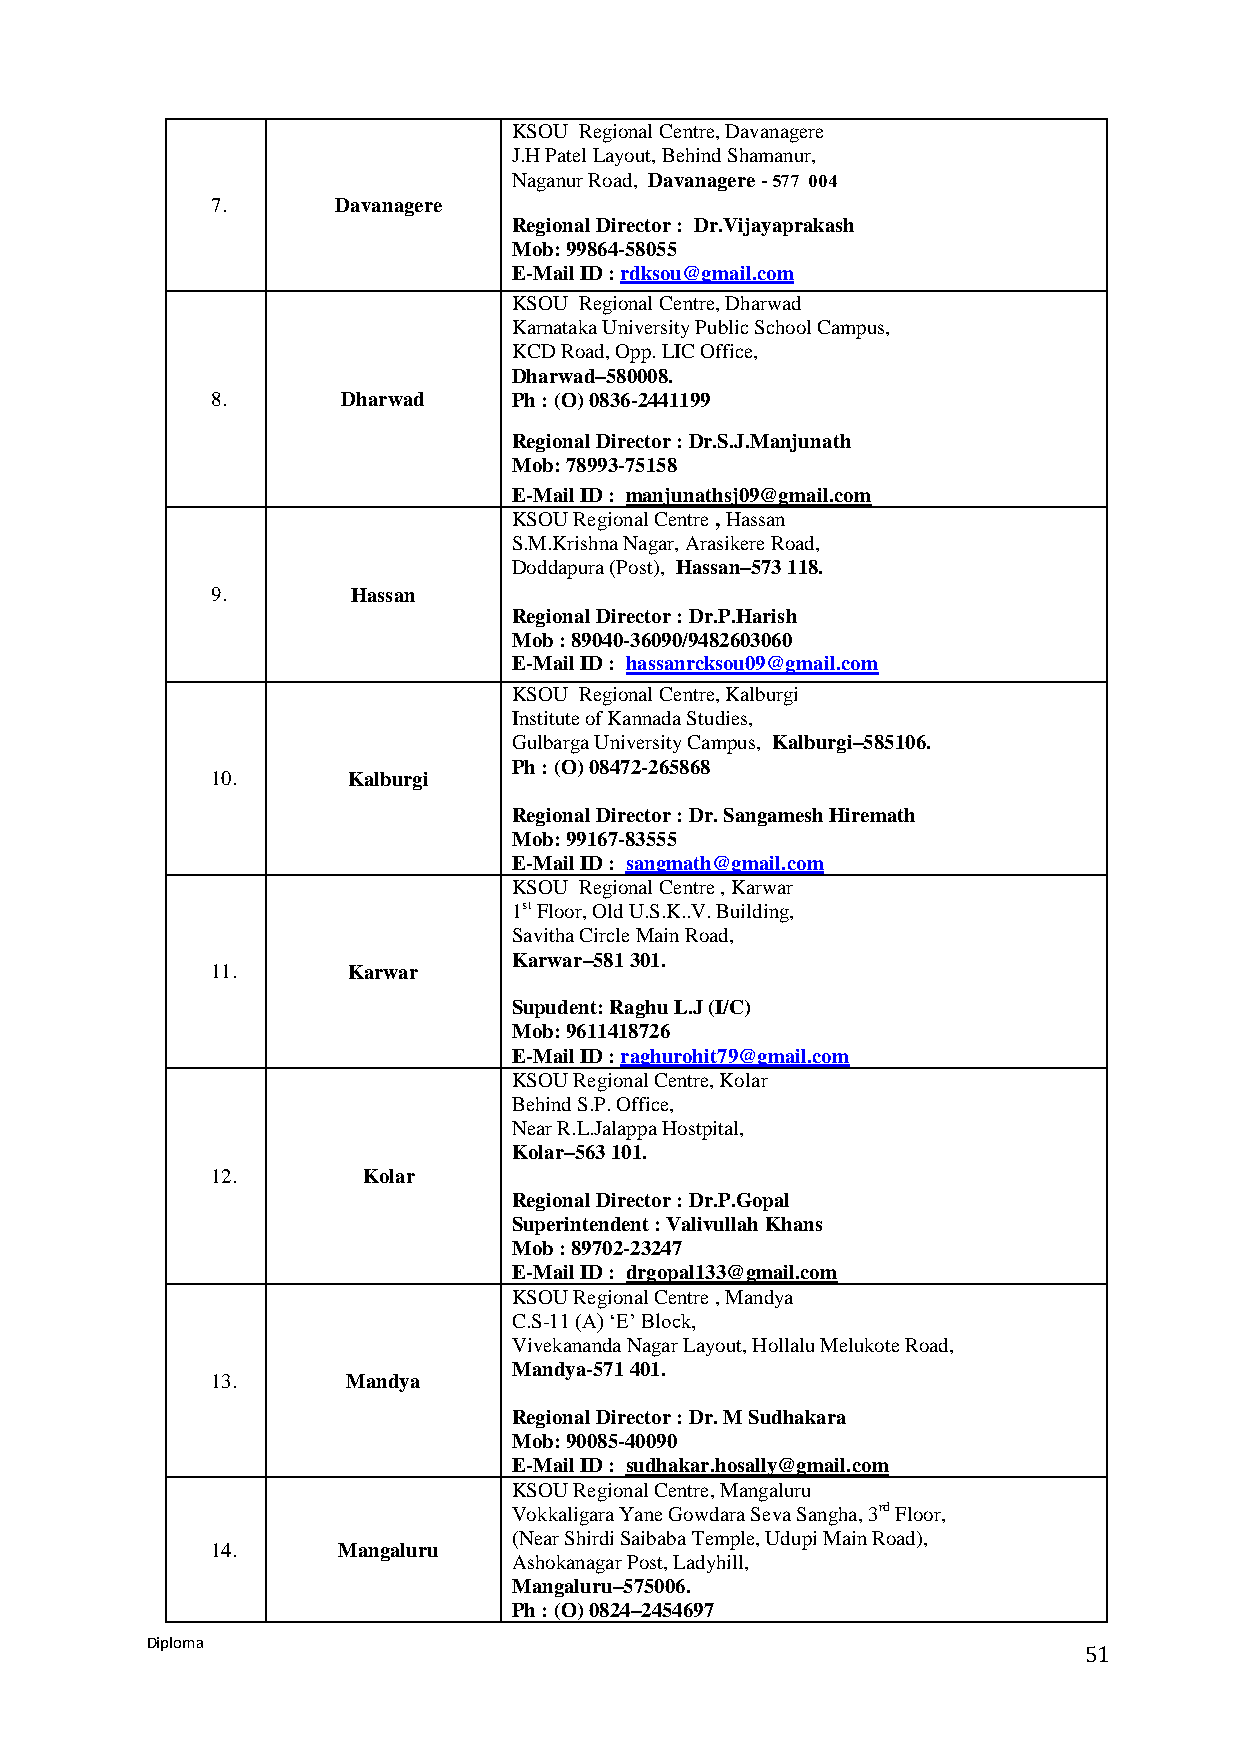
KSOU Regional Centre, Davanagere
 J.H Patel Layout, Behind Shamanur,
 Naganur Road, Davanagere -
 577 004
 7.      Davanagere
 Regional Director : Dr.Vijayaprakash
 Mob: 99864-58055
 E-Mail ID : rdksou@gmail.com
 KSOU Regional Centre, Dharwad
 Karnataka University Public School Campus,
 KCD Road, Opp. LIC Office,
 Dharwad–580008.
 8.       Dharwad    Ph : (O) 0836-2441199
 Regional Director : Dr.S.J.Manjunath
 Mob: 78993-75158
 E-Mail ID : manjunathsj09@gmail.com
 KSOU Regional Centre , Hassan
 S.M.Krishna Nagar, Arasikere Road,
 Doddapura (Post), Hassan–573 118.
 9.       Hassan
 Regional Director : Dr.P.Harish
 Mob : 89040-36090/9482603060
 E-Mail ID : hassanrcksou09@gmail.com
 KSOU Regional Centre, Kalburgi
 Institute of Kannada Studies,
 Gulbarga University Campus, Kalburgi–585106.
 Ph : (O) 08472-265868
 10.      Kalburgi
 Regional Director : Dr. Sangamesh Hiremath
 Mob: 99167-83555
 E-Mail ID : sangmath@gmail.com
 KSOU Regional Centre , Karwar
 1st Floor, Old U.S.K..V. Building,
 Savitha Circle Main Road,
 Karwar–581 301.
 11.      Karwar
 Supudent: Raghu L.J (I/C)
 Mob: 9611418726
 E-Mail ID : raghurohit79@gmail.com
 KSOU Regional Centre, Kolar
 Behind S.P. Office,
 Near R.L.Jalappa Hostpital,
 Kolar–563 101.
 12.       Kolar
 Regional Director : Dr.P.Gopal
 Superintendent : Valivullah Khans
 Mob : 89702-23247
 E-Mail ID : drgopal133@gmail.com
 KSOU Regional Centre , Mandya
 C.S-11 (A) ‘E’ Block,
 Vivekananda Nagar Layout, Hollalu Melukote Road,
 Mandya-571 401.
 13.      Mandya
 Regional Director : Dr. M Sudhakara
 Mob: 90085-40090
 E-Mail ID : sudhakar.hosally@gmail.com
 KSOU Regional Centre, Mangaluru
 Vokkaligara Yane Gowdara Seva Sangha, 3rd Floor,
 (Near Shirdi Saibaba Temple, Udupi Main Road),
 14.     Mangaluru
 Ashokanagar Post, Ladyhill,
 Mangaluru–575006.
 Ph : (O) 0824–2454697
 Diploma
 51